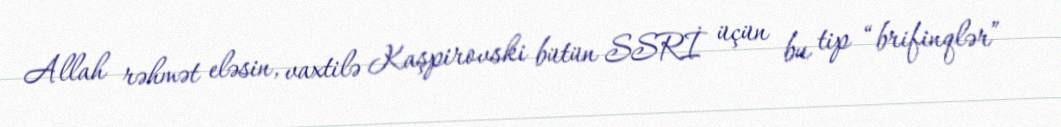
Allah rəhmət eləsin, vaxtilə Kaşpirovski bütün SSRİ üçün bu tip “brifinqlər”